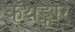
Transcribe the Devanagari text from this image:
कथङ्कारं